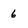
Character: 6